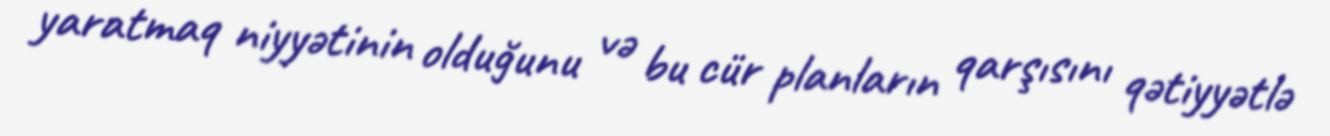
yaratmaq niyyətinin olduğunu və bu cür planların qarşısını qətiyyətlə